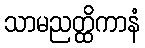
သာမညတ္ထိကာနံ